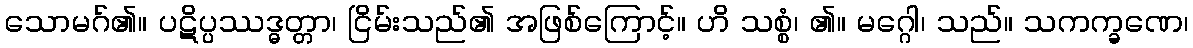
သောမဂ်၏။ ပဋိပ္ပဿဒ္ဓတ္တာ၊ ငြိမ်းသည်၏ အဖြစ်ကြောင့်။ ဟိ သစ္စံ၊ ၏။ မဂ္ဂေါ၊ သည်။ သကက္ခဏေ၊